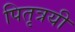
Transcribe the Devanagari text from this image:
पितृत्रयी